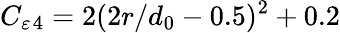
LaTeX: C_{\varepsilon}{}_{4}=2(2r/d_{0}-0.5)^{2}+0.2